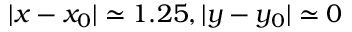
| x - x _ { 0 } | \simeq 1 . 2 5 , | y - y _ { 0 } | \simeq 0